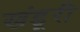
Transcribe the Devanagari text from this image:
खंडूरी